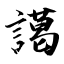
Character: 譪